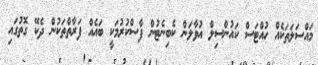
މައްސަލަތަކެއް ހުއްޓަސް ކައުންސިލް އުވާލަން ކެބިނެޓުން ފާސްކުރުމަކީ ބައެއް ފަރާތްތަކުން ދެކޭ ގޮތުގައި